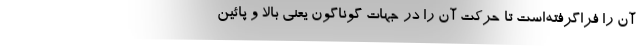
آن را فراگرفته‌است تا حرکت آن را در جهات گوناگون یعنی بالا و پائین